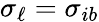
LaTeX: \sigma_{\ell}=\sigma_{ib}